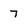
Character: 7